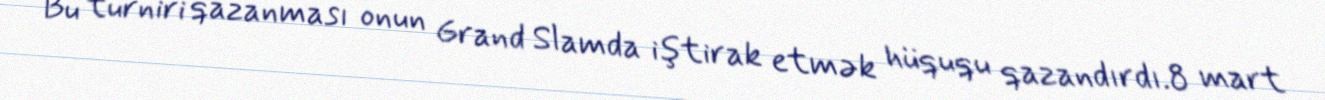
Bu turniri qazanması onun Grand Slamda iştirak etmək hüququ qazandırdı.8 mart